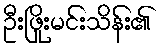
ဦးဖြိုးမင်းသိန်း၏